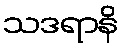
သဒရာနိ